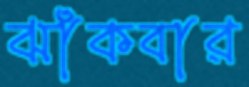
ঝাঁকবার